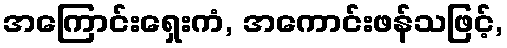
အကြောင်းရှေးကံ, အကောင်းဖန်သဖြင့်,